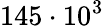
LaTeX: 145\cdot 10^{3}